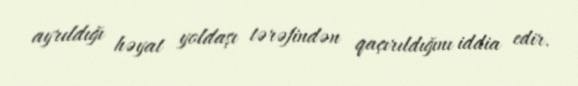
ayrıldığı həyat yoldaşı tərəfindən qaçırıldığını iddia edir.